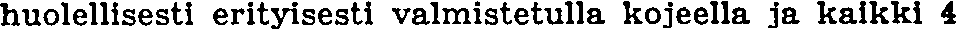
huolellisesti erityisesti valmistetulla kojeella ja kaikki 4